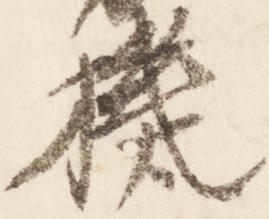
機